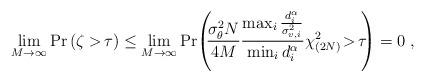
LaTeX: \begin{align*}\lim_{M\to\infty}\mathrm{Pr}\left(\zeta>\!\tau\right)\le\lim_{M\to\infty}\mathrm{Pr}\!\left(\!\!\frac{\sigma_{\theta}^2N}{4M}\frac{\max_i\frac{d_i^{\alpha}}{\sigma_{v,i}^2}}{\min_i d_i^{\alpha}}\chi_{(2N)}^2\!>\!\tau\!\!\right)=0\;,\end{align*}